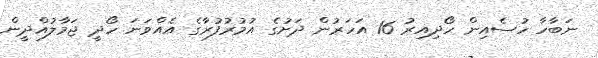
ނަބާހާ ހުސެއިން ހޯދިއިރު 16 އަހަރުން ދަށުގެ އުމުރުފުރާގެ އެއްވަނަ ހޯދީ ޖަމާލުއްދީން